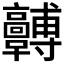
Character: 𩫯